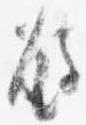
瓶